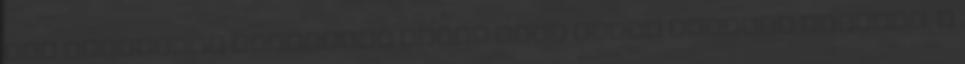
lap hasábjain lobbizzon egyik vagy másik pályázó mellett. A